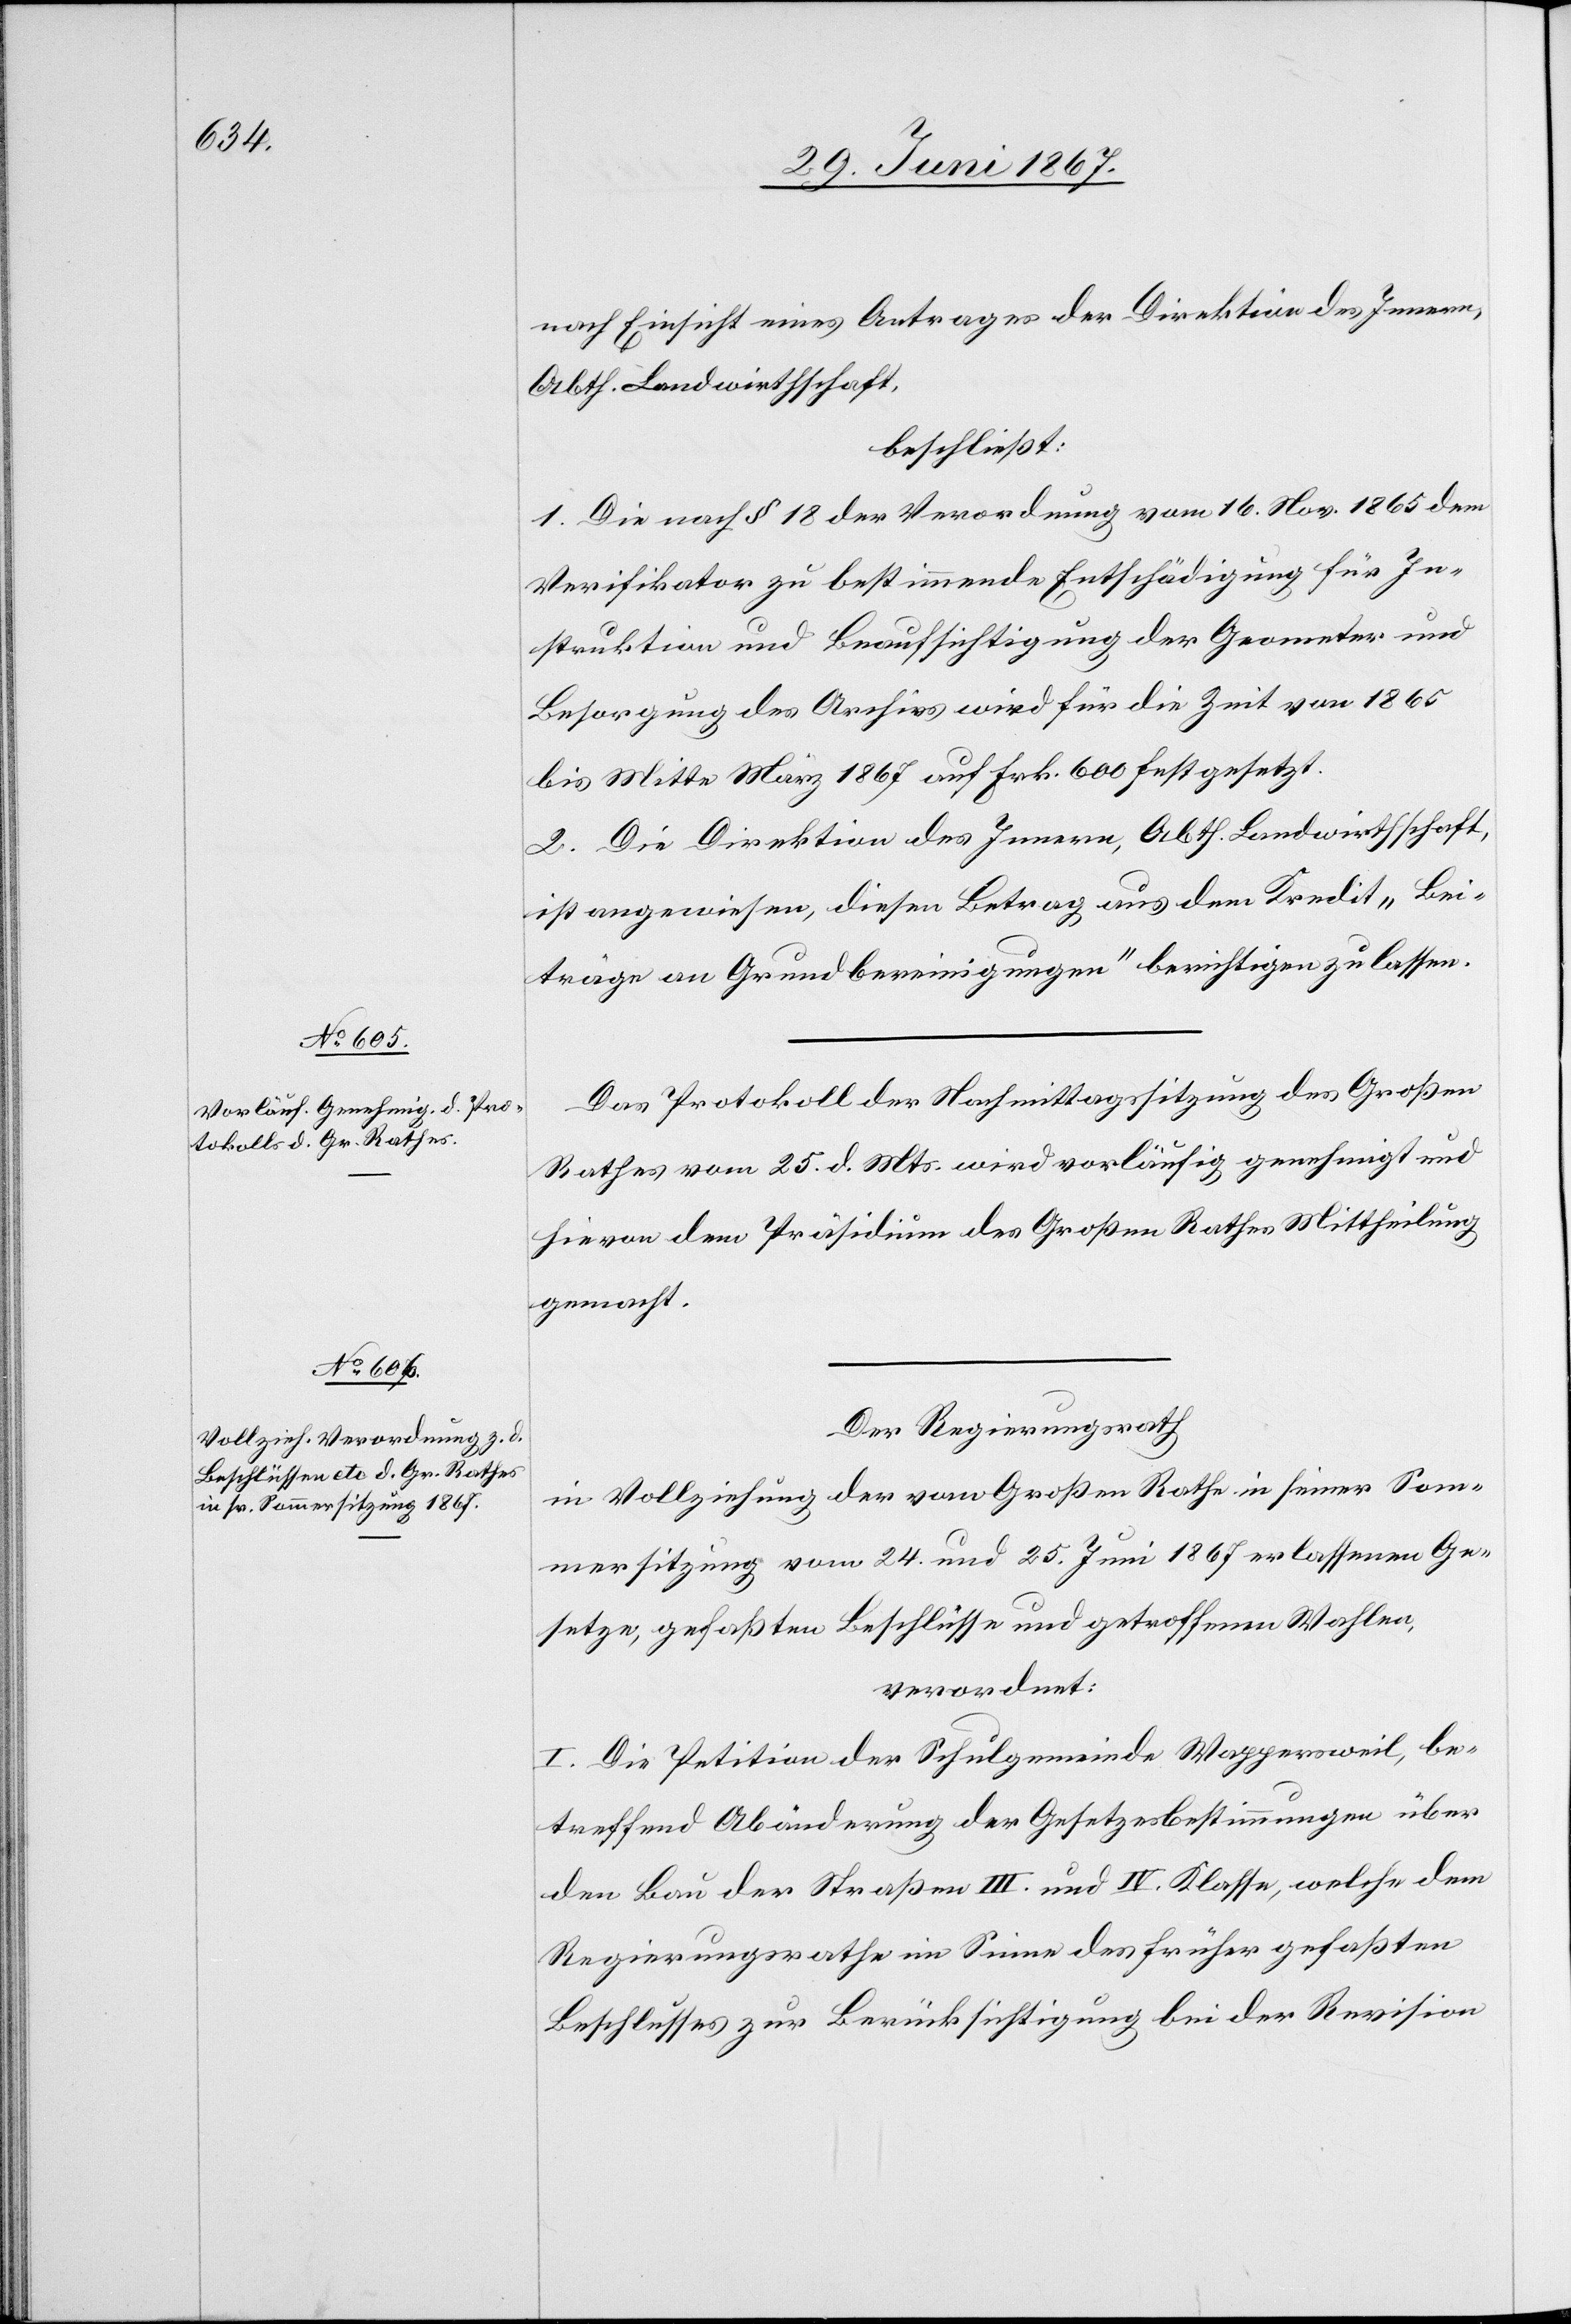
Nach Einsicht eines Antrages der Direktion des Innern,
Abth. Landwirthschaft,
beschließt:
1. Die nach § 18 der Verordnung vom 16. Nov. 1865 dem
Verifikator zu bestimmende Entschädigung für In¬
struktion und Beaufsichtigung der Geometer und
Besorgung des Archivs wird für die Zeit von 1865
bis Mitte März 1867 auf Frk. 600 festgesetzt.
2. Die Direktion des Innern, Abth. Landwirthschaft
ist angewiesen, diesen Betrag aus dem Kredit „Bei¬
träge an Grundbereinigungen“ berichtigen zu lassen.
Das Protokoll der Nachmittagssitzung des Großen
Rathes vom 23. d. Mts. wird vorläufig genehmigt und
hievon dem Präsidium des Großen Rathes Mittheilung
gemacht.
Der Regierungsrath,
in Vollziehung der vom Großen Rathe in seiner Som¬
mersitzung vom 24. und 25. Juni 1867 erlassenen Ge¬
setze, gefaßten Beschlüsse und getroffenen Wahlen,
verordnet:
I. Die Petition der Schulgemeinde Wappersweil, be¬
treffend Abänderung der Gesetzesbestimmungen über
den Bau der Straßen III. und IV. Klasse, welche dem
Regierungsrathe im Sinne des früher gefaßten
Beschlusses zur Berücksichtigung bei der Revision